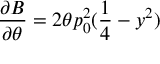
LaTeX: \frac { \partial B } { \partial \theta } = 2 \theta p _ { 0 } ^ { 2 } ( \frac { 1 } { 4 } - y ^ { 2 } )